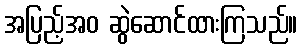
အပြည့်အဝ ဆွဲဆောင်ထားကြသည်။